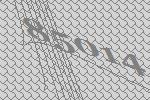
85014